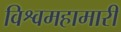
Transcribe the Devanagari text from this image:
विश्वमहामारी